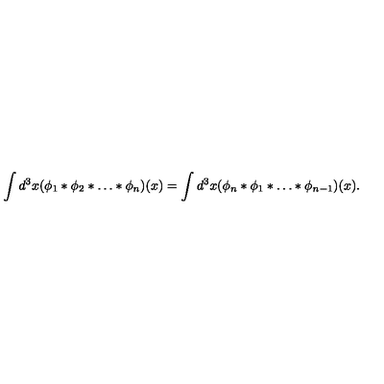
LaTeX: \int d ^ { 3 } x ( \phi _ { 1 } * \phi _ { 2 } * \ldots * \phi _ { n } ) ( x ) = \int d ^ { 3 } x ( \phi _ { n } * \phi _ { 1 } * \ldots * \phi _ { n - 1 } ) ( x ) .